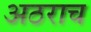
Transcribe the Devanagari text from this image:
अठराच